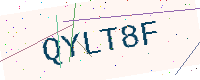
Text: QYLT8F